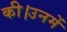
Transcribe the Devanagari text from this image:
की।उनमें